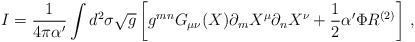
\begin{align*}I= \frac{1}{4 \pi \alpha^\prime} \int d^2 \sigma \sqrt{g} \left[g^{mn} G_{\mu\nu} (X) \partial_m X^\mu \partial_n X^{\nu} + \frac{1}{2}\alpha^\prime \Phi R^{(2)} \right] \,,\end{align*}